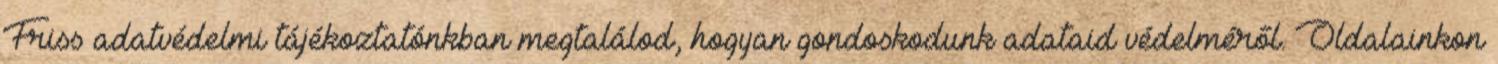
Friss adatvédelmi tájékoztatónkban megtalálod, hogyan gondoskodunk adataid védelméről. Oldalainkon